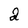
Character: a